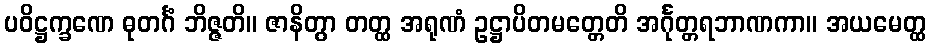
ပဝိဋ္ဌက္ခဏေ ဓုတင်္ဂံ ဘိဇ္ဇတိ။ ဇာနိတွာ တတ္ထ အရုဏံ ဥဋ္ဌာပိတမတ္တေတိ အင်္ဂုတ္တရဘာဏကာ။ အယမေတ္ထ